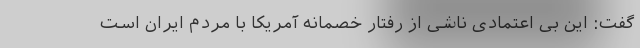
گفت: این بی اعتمادی ناشی از رفتار خصمانه آمریکا با مردم ایران است